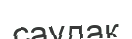
саудақ